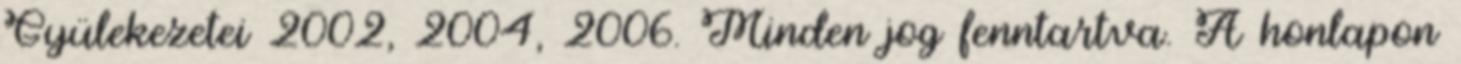
Gyülekezetei 2002, 2004, 2006. Minden jog fenntartva. A honlapon